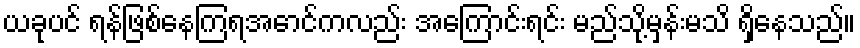
ယခုပင် ရန်ဖြစ်နေကြရအောင်ကလည်း အကြောင်းရင်း မည်သို့မှန်းမသိ ရှိနေသည်။